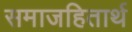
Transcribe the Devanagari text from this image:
समाजहितार्थ